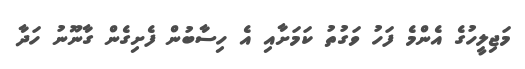
މަޖިލީހުގެ އެންމެ ފަހު ވަގުތު ކަމަށާއި އެ ހިސާބުން ފެށިގެން ގާނޫނު ހަދާ